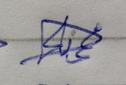
Signature authenticity: genuine